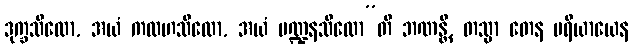
ဒုက္ခသီလော, အယံ ကလဟသီလော, အယံ မဏ္ဍနသီလော”တိ ဘဏန္တိ, တသ္မာ တေန ပရိယာယေန